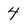
Character: 4